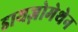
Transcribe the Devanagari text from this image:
डायज़ोमेथेन